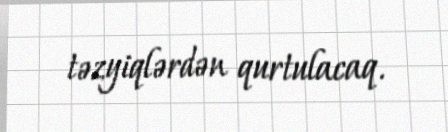
təzyiqlərdən qurtulacaq.